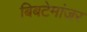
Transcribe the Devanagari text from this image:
बिबटेमांजर